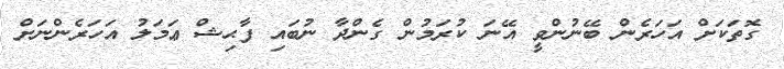
ގޮތަކަށް އަހަރެން ބޭނުންވީ އޭނަ ކުރަމުން ގެންދާ ނުބައި ފާޙިޝް ޢަމަލު އަހަރެންނަށް